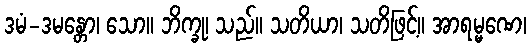
ဒမံ-ဒမန္တော၊ သော။ ဘိက္ခု၊ သည်။ သတိယာ၊ သတိဖြင့်။ အာရမ္မဏေ၊